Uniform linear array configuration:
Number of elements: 12
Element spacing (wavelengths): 0.5
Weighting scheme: kaiser
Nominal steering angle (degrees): -15
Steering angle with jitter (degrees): -15.663
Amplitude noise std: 0.05
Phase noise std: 0.05

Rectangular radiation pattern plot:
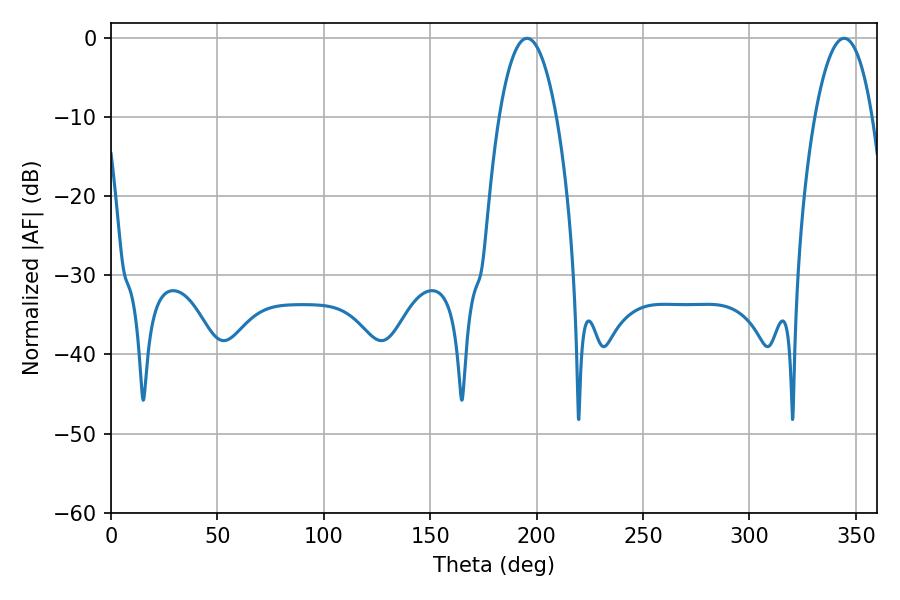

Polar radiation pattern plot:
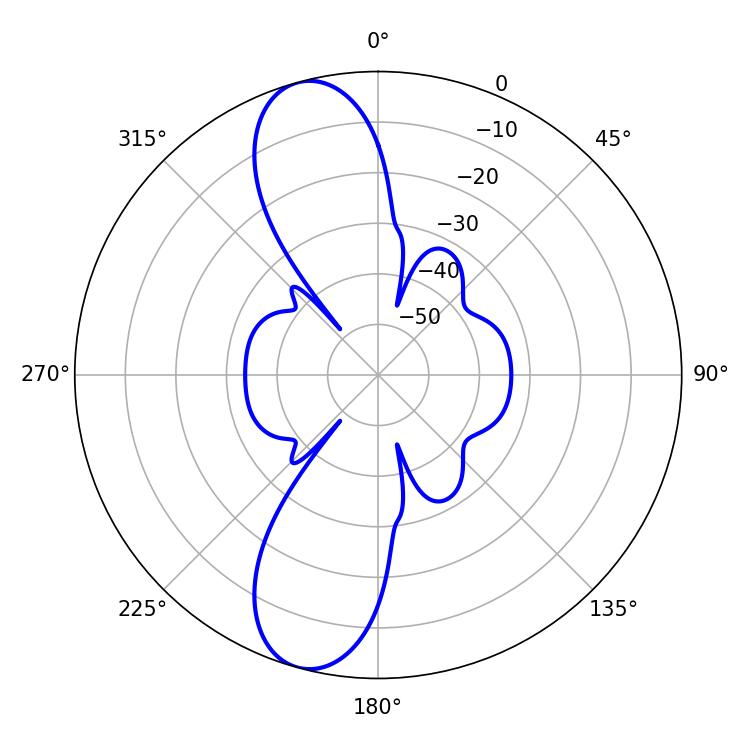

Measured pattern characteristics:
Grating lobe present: FALSE
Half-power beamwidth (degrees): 14.94
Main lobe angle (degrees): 195.48